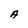
Character: A